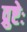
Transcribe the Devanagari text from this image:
व्रुष्टेः